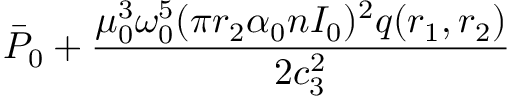
\bar { P } _ { 0 } + \frac { \mu _ { 0 } ^ { 3 } \omega _ { 0 } ^ { 5 } ( \pi r _ { 2 } \alpha _ { 0 } n I _ { 0 } ) ^ { 2 } q ( r _ { 1 } , r _ { 2 } ) } { 2 c _ { 3 } ^ { 2 } }